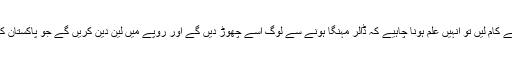
اگر وہ انصاف سے کام لیں تو انہیں علم ہونا چاہیے کہ ڈالر مہنگا ہونے سے لوگ اسے چھوڑ دیں گے اور روپے میں لین دین کریں گے جو پاکستان کے لئے اچھا ہے۔